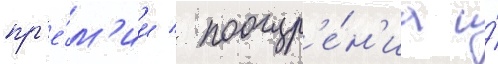
пр'е́м'ии / поощр'е́н'иа и́